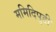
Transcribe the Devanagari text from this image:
ममिदिपुडी